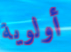
أولوية